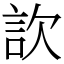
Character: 䚿